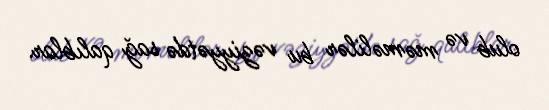
olub və məməlilər bu vəziyyətdə sağ qalıblar.